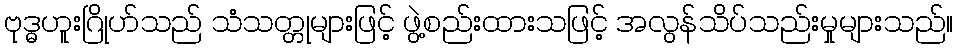
ဗုဒ္ဓဟူးဂြိုဟ်သည် သံသတ္တုများဖြင့် ဖွဲ့စည်းထားသဖြင့် အလွန်သိပ်သည်းမှုများသည်။